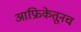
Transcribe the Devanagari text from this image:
आफ्रिकेतूनच